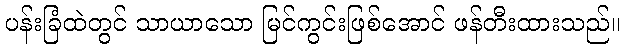
ပန်းခြံထဲတွင် သာယာသော မြင်ကွင်းဖြစ်အောင် ဖန်တီးထားသည်။